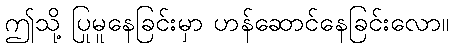
ဤသို့ ပြုမူနေခြင်းမှာ ဟန်ဆောင်နေခြင်းလော။